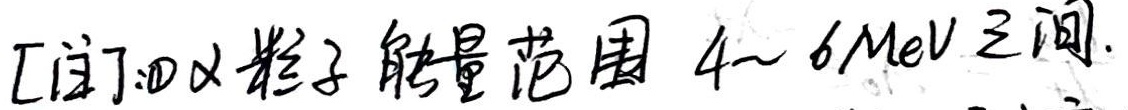
[注]：\textcircled{1}$\alpha$粒子能量范围在 \(4 \sim 6\text{MeV}\)之间。